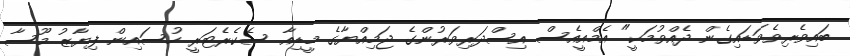
ބައިވެރިވެވަޑައިގެން ދެއްވުމަކީ" އެމްއީއެސް އިސްދަރިވަރުންގެ ޖަމިއްޔާގެ މީޑިއާ ސެކެރެޓަރީ ހުސައިން ފިޔާޒު މޫސާ